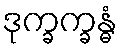
ဒုက္ခက္ခန္ဓံ